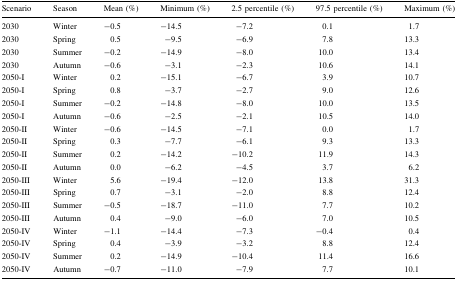
| Scenario | Season | Mean (%) | Minimum (%) | 2.5 percentile (%) | 97.5 percentile (%) | Maximum (%) |
 | --- | --- | --- | --- | --- | --- | --- |
 | 2030 | Winter | −0.5 | −14.5 | −7.2 | 0.1 | 1.7 |
 | 2030 | Spring | 0.5 | −9.5 | −6.9 | 7.8 | 13.3 |
 | 2030 | Summer | −0.2 | −14.9 | −8.0 | 10.0 | 13.4 |
 | 2030 | Autumn | −0.6 | −3.1 | −2.3 | 10.6 | 14.1 |
 | 2050-I | Winter | 0.2 | −15.1 | −6.7 | 3.9 | 10.7 |
 | 2050-I | Spring | 0.8 | −3.7 | −2.7 | 9.0 | 12.6 |
 | 2050-I | Summer | −0.2 | −14.8 | −8.0 | 10.0 | 13.5 |
 | 2050-I | Autumn | −0.6 | −2.5 | −2.1 | 10.5 | 14.0 |
 | 2050-II | Winter | −0.6 | −14.5 | −7.1 | 0.0 | 1.7 |
 | 2050-II | Spring | 0.3 | −7.7 | −6.1 | 9.3 | 13.3 |
 | 2050-II | Summer | 0.2 | −14.2 | −10.2 | 11.9 | 14.3 |
 | 2050-II | Autumn | 0.0 | −6.2 | −4.5 | 3.7 | 6.2 |
 | 2050-III | Winter | 5.6 | −19.4 | −12.0 | 13.8 | 31.3 |
 | 2050-III | Spring | 0.7 | −3.1 | −2.0 | 8.8 | 12.4 |
 | 2050-III | Summer | −0.5 | −18.7 | −11.0 | 7.7 | 10.2 |
 | 2050-III | Autumn | 0.4 | −9.0 | −6.0 | 7.0 | 10.5 |
 | 2050-IV | Winter | −1.1 | −14.4 | −7.3 | −0.4 | 0.4 |
 | 2050-IV | Spring | 0.4 | −3.9 | −3.2 | 8.8 | 12.4 |
 | 2050-IV | Summer | 0.2 | −14.9 | −10.4 | 11.4 | 16.6 |
 | 2050-IV | Autumn | −0.7 | −11.0 | −7.9 | 7.7 | 10.1 |